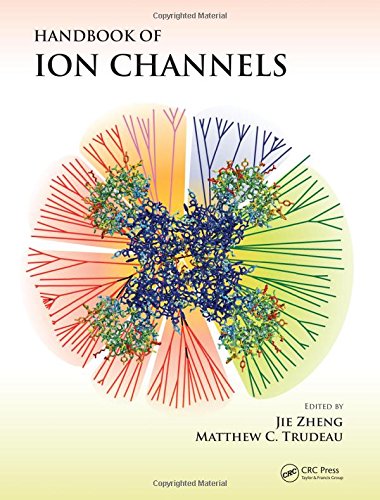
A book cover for Handbook of Ion Channels; Medical Books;